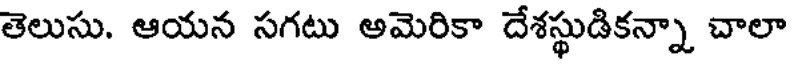
తెలుసు, ఆయన సగటు అమెరికా దేశస్థుడికన్నా చాలా